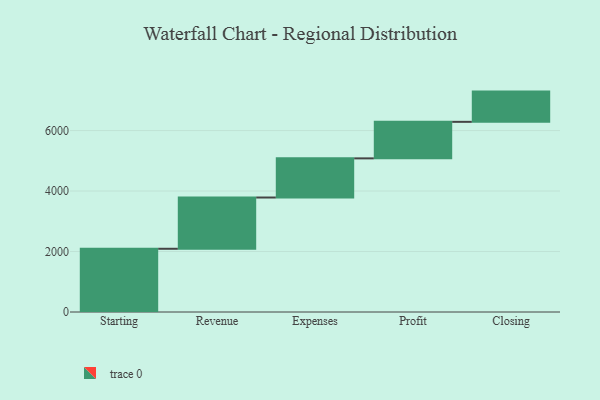
{"axis": {"x": "Step", "y": "Value"}, "legend": [""], "data": [{"x": "Starting", "y": 2091.0, "type": ""}, {"x": "Revenue", "y": 1695.0, "type": ""}, {"x": "Expenses", "y": 1294.0, "type": ""}, {"x": "Profit", "y": 1208.0, "type": ""}, {"x": "Closing", "y": 1000, "type": ""}]}